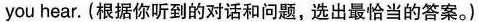
you hear. (根据你听到的对话和问题,选出最恰当的答案。)